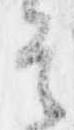
其